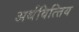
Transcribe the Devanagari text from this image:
अर्थवित्त्तिय